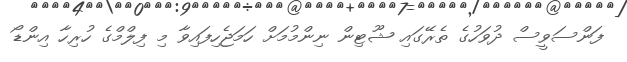
ފަންސަވީސް ދުވަހުގެ ތެރޭގައި ޝޫޓިން ނިންމުމަށް ހަމަޖެހިފައިވާ މި ފިލްމްގެ ހުރިހާ އިންޑޯ